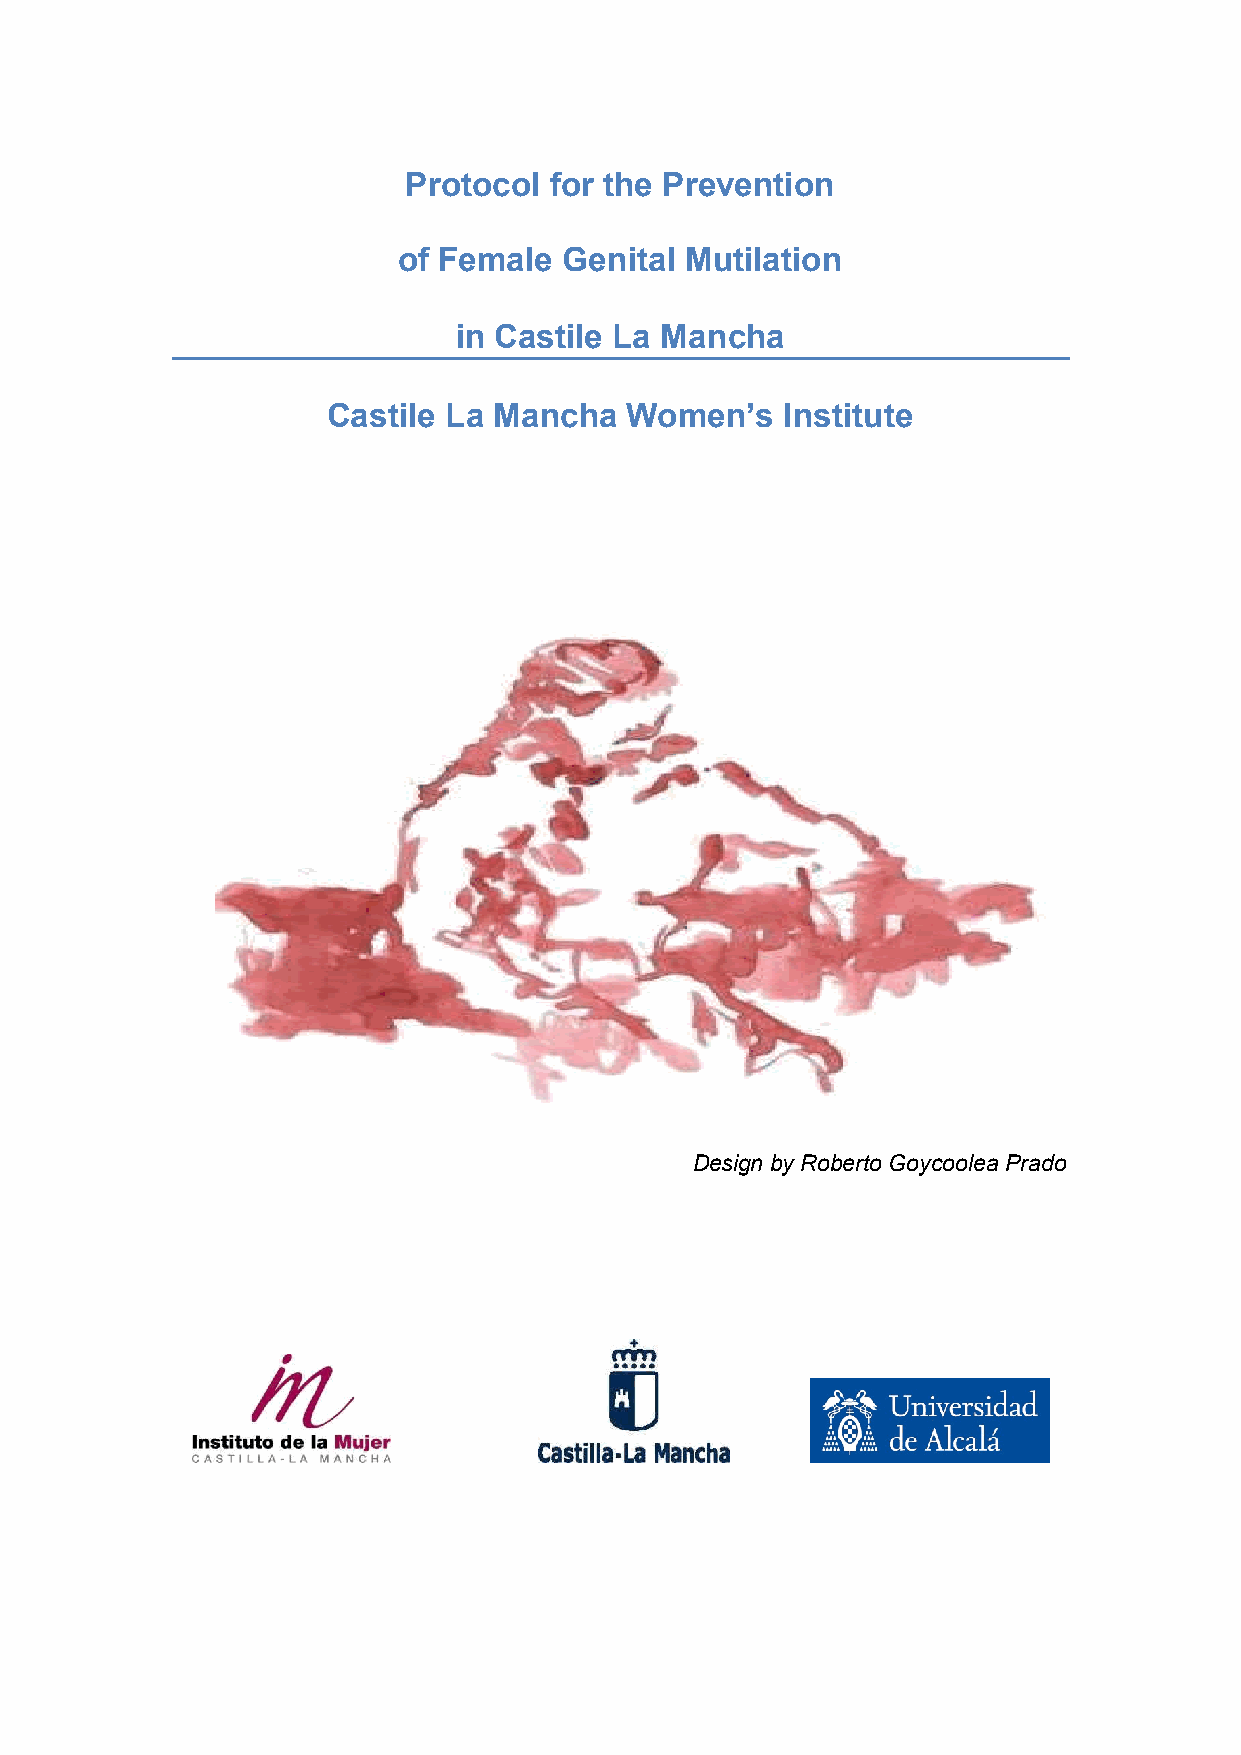
Protocol for the Prevention
 of Female  Genital Mutilation
 in Castile La Mancha
 Castile La Mancha  Women’s    Institute
 Design by Roberto Goycoolea Prado